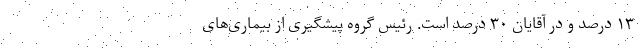
۱۳ درصد و در آقایان ۳۰ درصد است. رئیس گروه پیشگیری از بیماری‌های